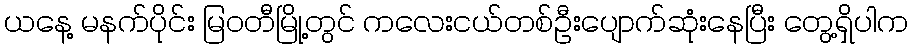
ယနေ့ မနက်ပိုင်း မြဝတီမြို့တွင် ကလေးငယ်တစ်ဦးပျောက်ဆုံးနေပြီး တွေ့ရှိပါက